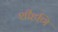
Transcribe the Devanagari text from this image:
शीहणि